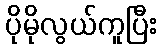
ပိုမိုလွယ်ကူပြီး